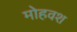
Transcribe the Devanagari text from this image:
मोहवश